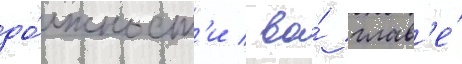
до́лжност'и / во́ глав'е́